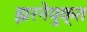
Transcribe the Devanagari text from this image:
झरनेयुक्त